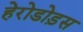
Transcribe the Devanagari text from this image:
हेरोडोड़स